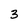
Character: 3